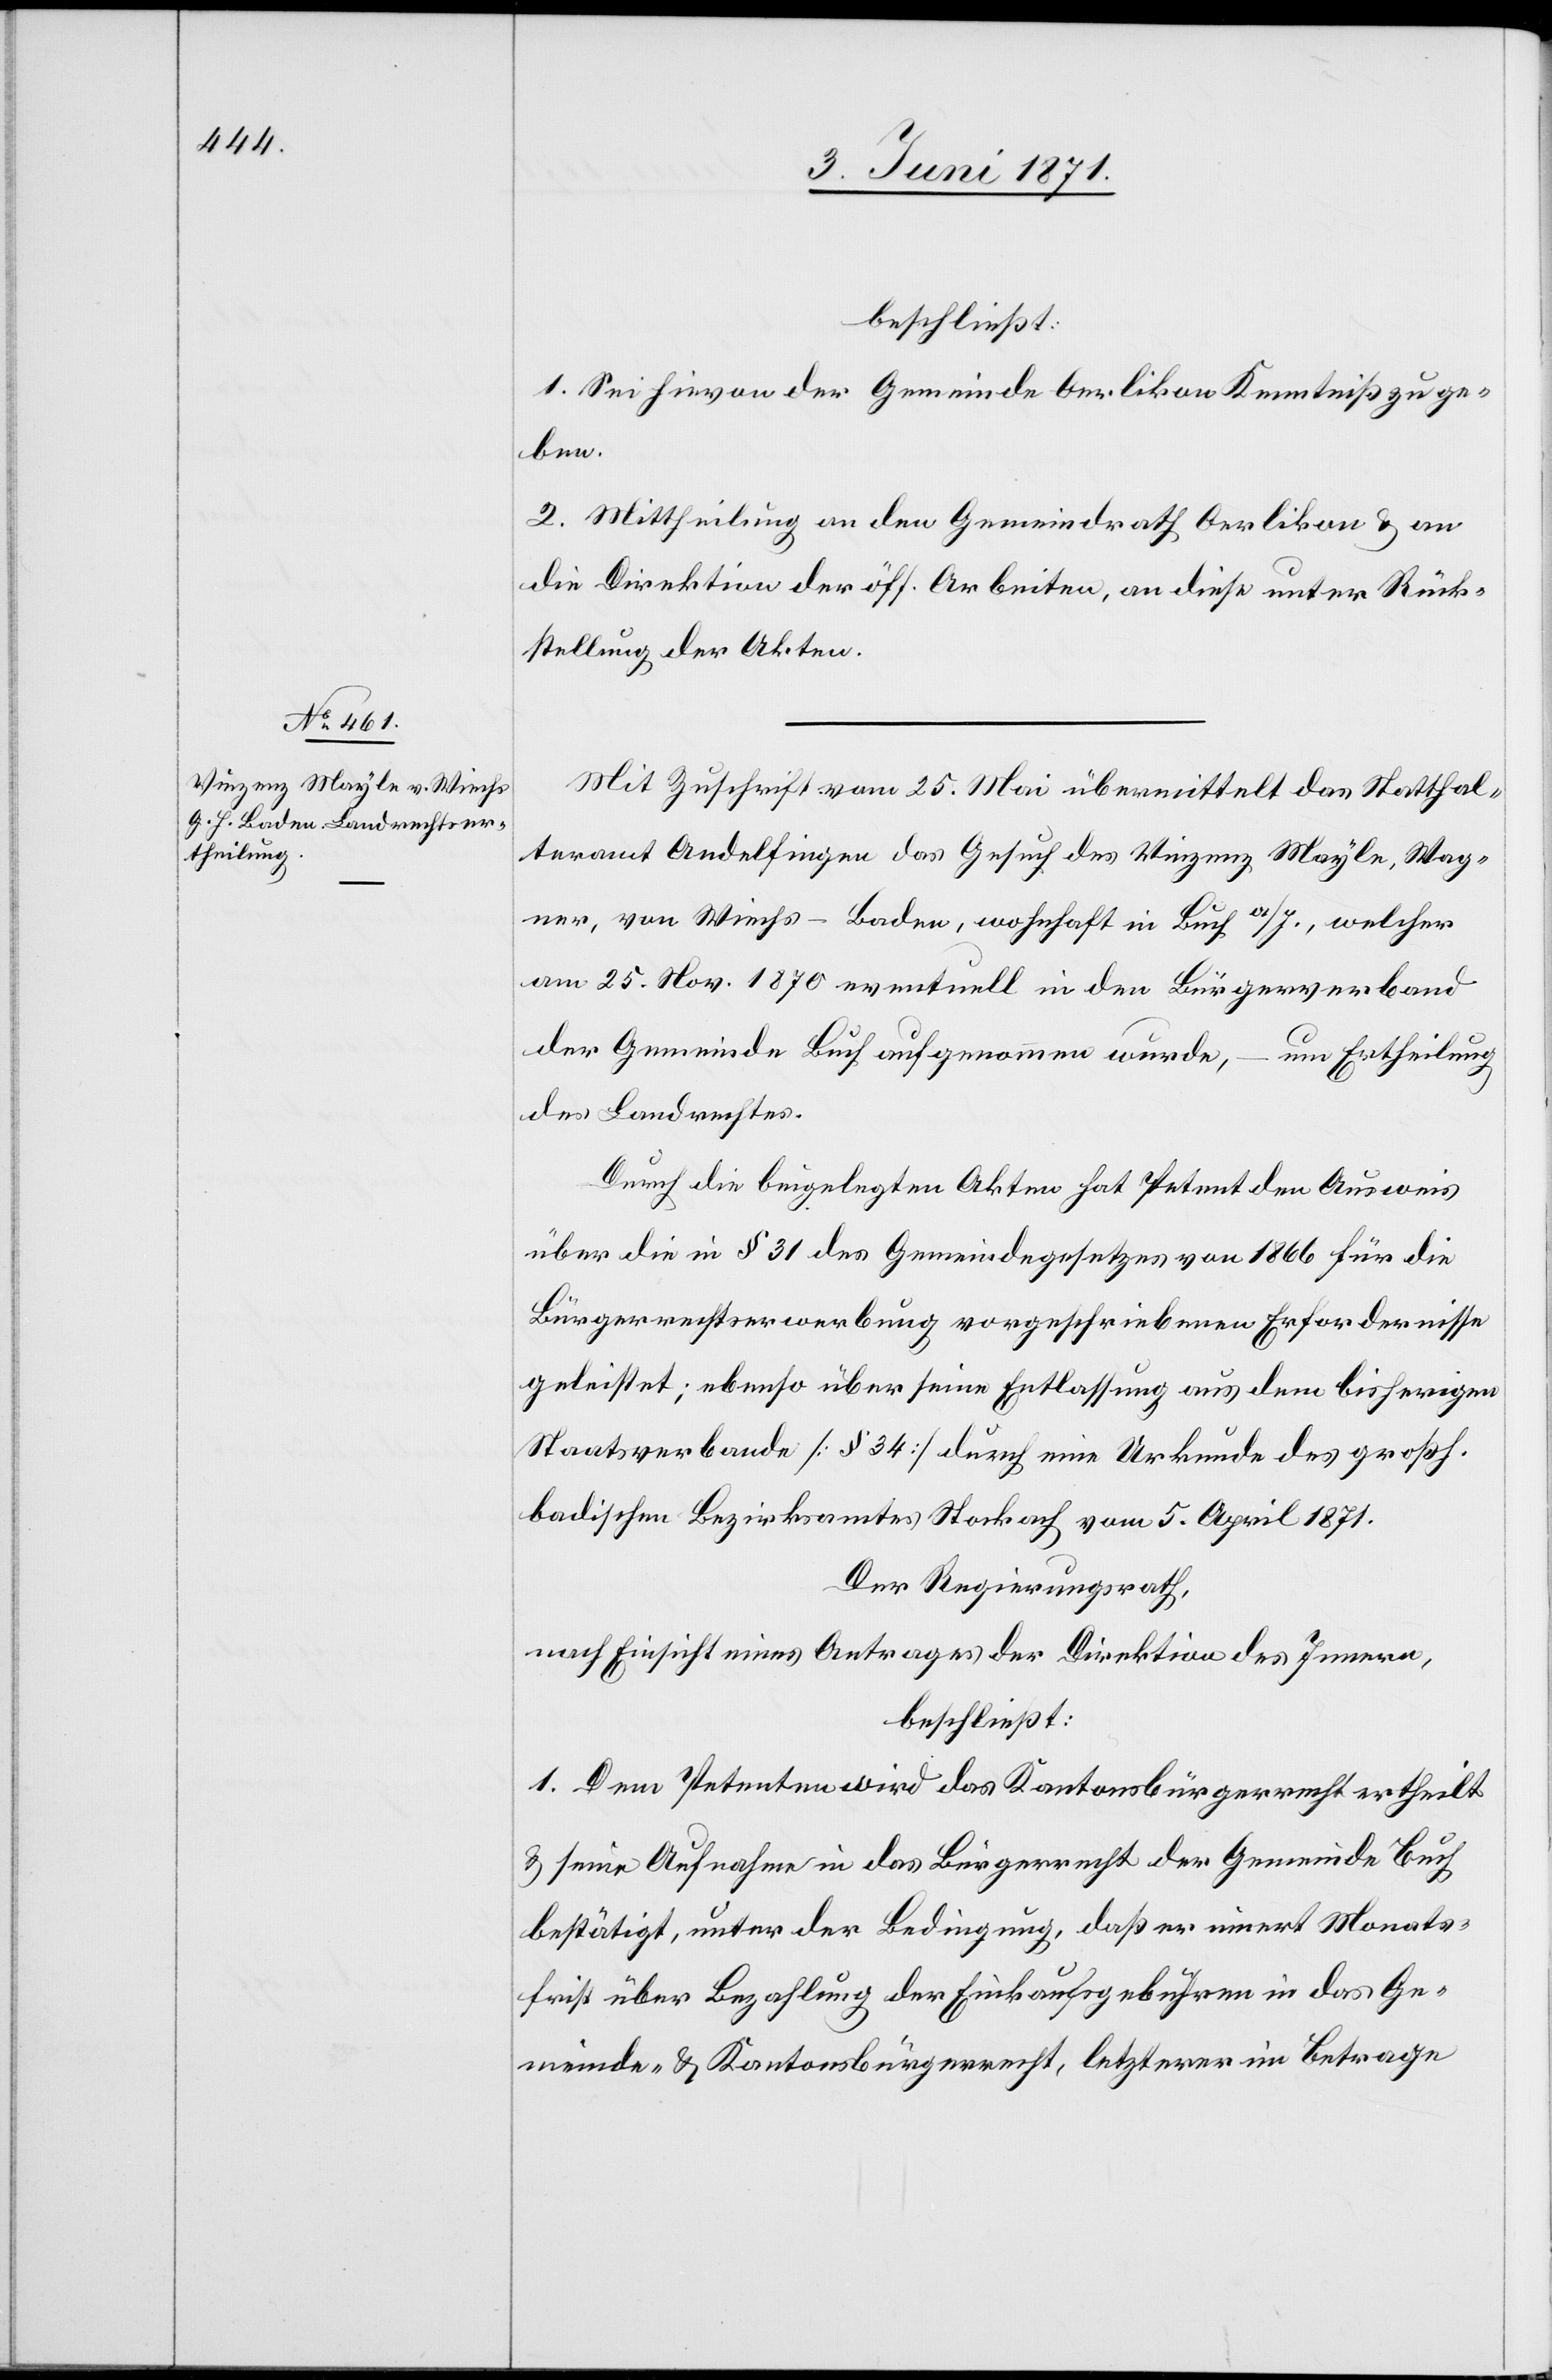
beschließt:
1. Sei hievon der Gemeinde Oerlikon Kenntniß zu ge¬
ben.
2. Mittheilung an den Gemeindrath Oerlikon u. an
die Direktion der öff. Arbeiten, an diese unter Rück¬
stellung der Akten.
Mit Zuschrift vom 25. Mai übermittelt das Statthal¬
teramt Andelfingen das Gesuch des Vinzenz Mayle, Wag¬
ner, von Wiechs-Baden, wohnhaft in Buch a/I., welcher
am 25. Nov. 1870 eventuell in den Bürgerverband
der Gemeinde Buch aufgenommen wurde, – um Ertheilung
des Landrechtes.
Durch die beigelegten Akten hat Petent den Ausweis
über die in § 31 des Gemeindegesetzes von 1866 für die
Bürgerrechtserwerbung vorgeschriebenen Erfordernisse
geleistet; ebenso über seine Entlassung aus dem bisherigen
Staatsverbande [§ 34] durch eine Urkunde des großh.
badischen Bezirksamtes Stockach vom 5. April 1871.
Der Regierungsrath,
nach Einsicht eines Antrages der Direktion des Innern,
beschließt:
1. Dem Petenten wird das Kantonsbürgerrecht ertheilt
u. seine Aufnahme in das Bürgerrecht der Gemeinde Buch
bestätigt, unter der Bedingung, daß er innert Monats¬
frist über Bezahlung der Einkaufsgebühren in das Ge¬
meinde- u. Kantonsbürgerrecht, letzterer im Betrage